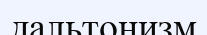
дальтонизм